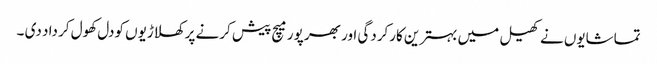
تماشایوں نے کھیل میں بہترین کارکردگی اور بھر پور میچ پیش کرنے پر کھلاڑیوں کودل کھول کر داد دی ۔